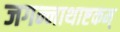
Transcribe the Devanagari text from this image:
जगन्नाथाष्टकम्